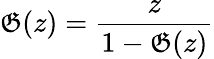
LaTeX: \mathfrak{G}(z)={\frac{{z}}{{1-\mathfrak{G}(z)}}}